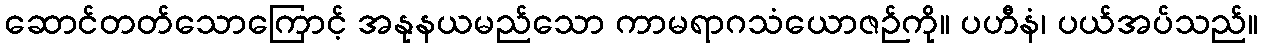
ဆောင်တတ်သောကြောင့် အနုနယမည်သော ကာမရာဂသံယောဇဉ်ကို။ ပဟီနံ၊ ပယ်အပ်သည်။